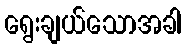
ရွေးချယ်သောအခါ